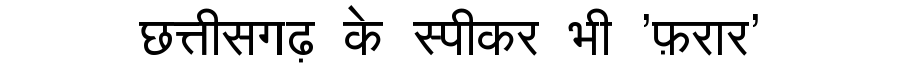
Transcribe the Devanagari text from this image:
छत्तीसगढ़ के स्पीकर भी 'फ़रार'